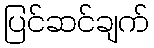
ပြင်ဆင်ချက်